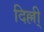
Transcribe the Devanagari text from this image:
दिल्ली्